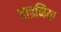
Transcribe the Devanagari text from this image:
हाइनिया